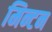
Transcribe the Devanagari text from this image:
मिन्टन